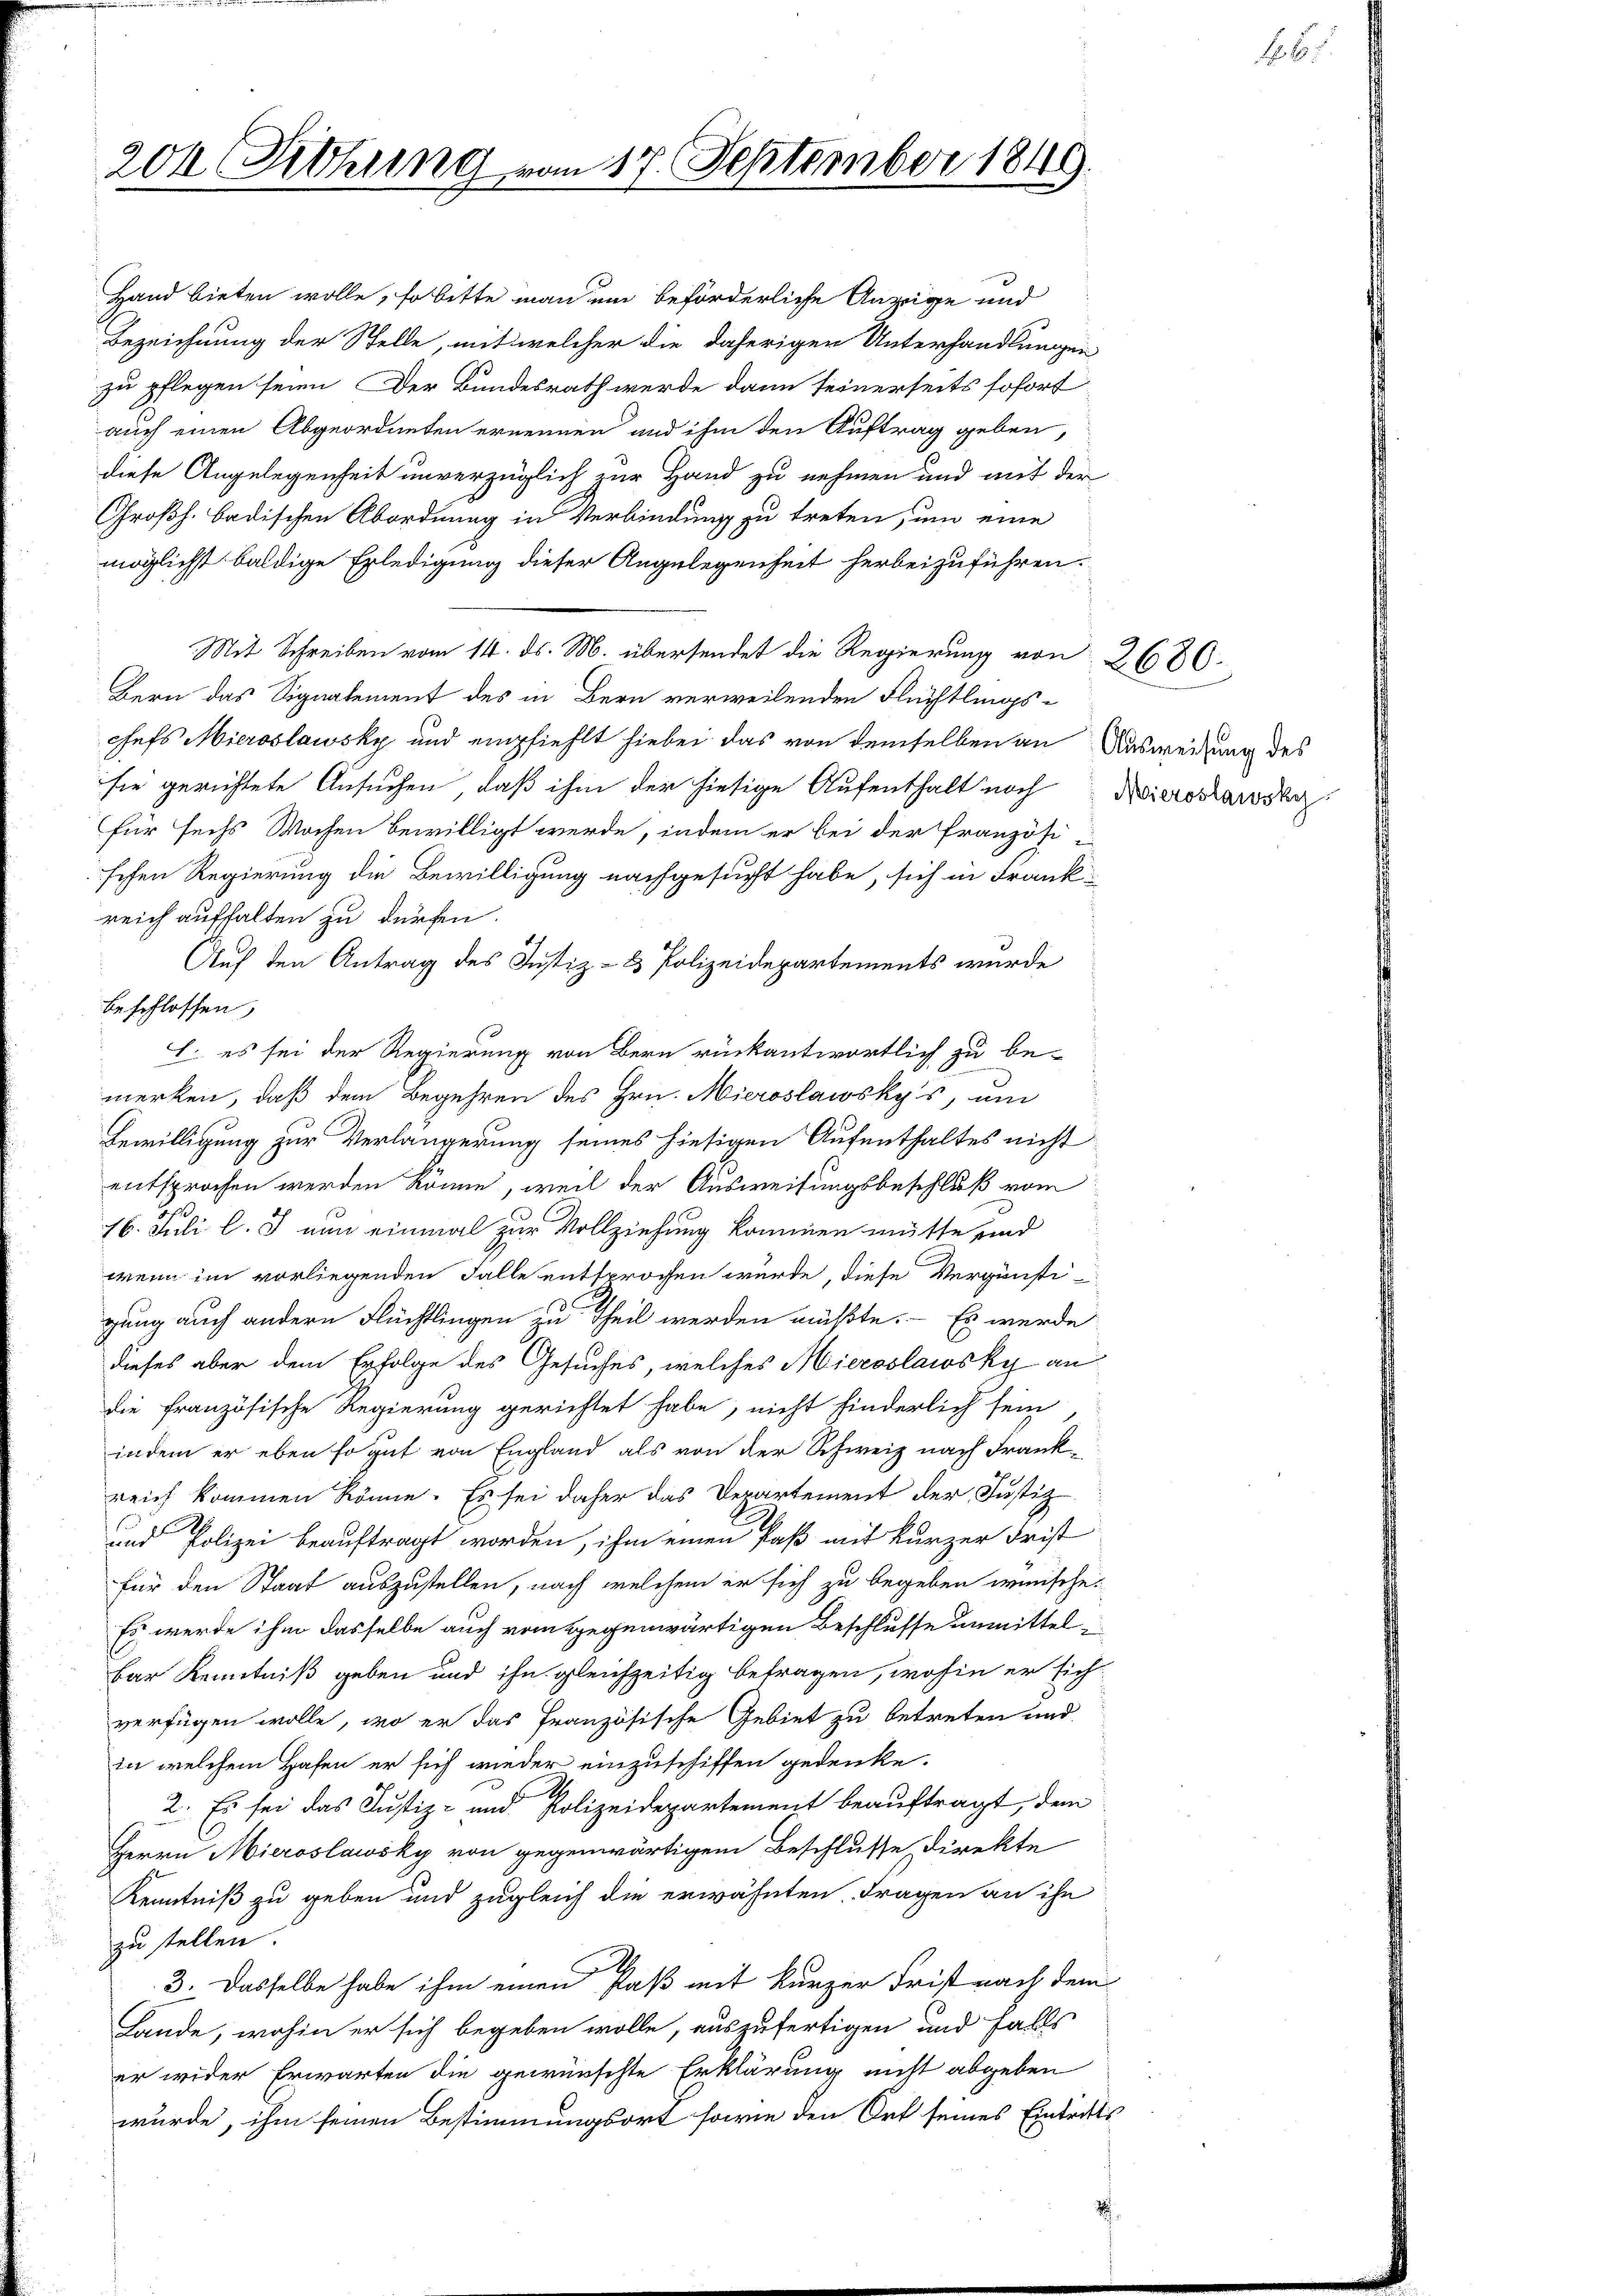
204 Ziehung vom 17. September 1849.

Hand bieten wolle, so bitte man um beförderliche Anzüge und
Bezeichnung der Stelle, mit welcher die daherigen Unterhandlungen
zu pflegen seien. Der Bundesrath werde dann seinerseits sofort
auch einen Abgeordneten ernennen und ihm den Auftrag geben,
diese Angelegenheit unverzüglich zur Hand zu nehmen und mit der
Großh. badischen Abordnung in Verbindung zu treten um eine
möglichst baldige Erledigung dieser Angelegenheit herbeizuführen.
Mit Schreiben vom 14. ds. M. übersendet die Regierung von 2680.
Bern das Signalement des in Bern verweilenden Flüchtlingschefs Mieroslawsky und empfiehlt hiebei das von demselben an Ausweisung des
sie gerichtete Ansuchen, daß ihm der hiesige Aufenthalt noch Nieresausky
für sechs Wochen bewilligt werde, indem er bei der Französisehen Regierung die Bewilligung nachgesucht habe, sich in Frankreich aufhalten zu dürfen.
Auf den Antrag des Justiz- & Polizeidepartements wurde
beschlossen,
L. es sei der Regierung von Bern rückantwortlich zu be-
¬
merken, daß dem Begehren des Hrn. Mieroslawsky's, um
Bewilligung zur Verlängerung seines hiesigen Aufenthaltes nicht
entsprochen werden könne, weil der Ausweisungsbeschluß vom
16. Juli l. J. nun einmal zur Vollziehung kommen müßte und
wenn im vorliegenden Falle entsprochen würde, diese Vergünsti-
gung auch andern Flüchtlingen zu Theil werden müßte. - Es werde
dieses aber dem Erfolge des Gesuches, welches Miecoslawsky an
die französische Regierung gerichtet habe, nicht finderlich sein,
indem er eben so gut von England als von der Schweiz nach Frankreich kommen könne. Es sei daher das Departement der Justiz-
und Polizei beauftragt worden, ihm einen Paß mit kurzer Frist
für den Staat auszustellen, nach welchem er sich zu begeben wünsche.
Es werde ihm dasselbe auch vom gegenwärtigen Beschlusse unmittel¬
Bar Kenntniß geben und ihn gleichzeitig betragen, wohin er sich
verfügen wolle, wo er das französische Gebiet zu betreten und
in welchem Hafen er sich wieder einzuschiffen gedenke.
2. Es sei das Justiz- und Polizeidepartement beauftragt, dem
Herrn Mieroslawsky von gegenwärtigem Beschlusse direkte
Kenntniß zu geben und zugleich die erwähnten Fragen an ihn
zu stellen.
G
3. Dasselbe habe ihm einen Faß mit kurzer Frist nach dem
Lande, wohin er sich begeben wolle, auszufertigen und falls
er wider Erwarten die gewünschte Erklärung nicht abgeben
wurde, ihm seinen Bestimmungsort sowie den Ort seines Eintrats

6